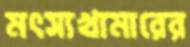
মৎস্যখামারের